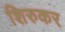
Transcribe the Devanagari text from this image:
शिरुकर